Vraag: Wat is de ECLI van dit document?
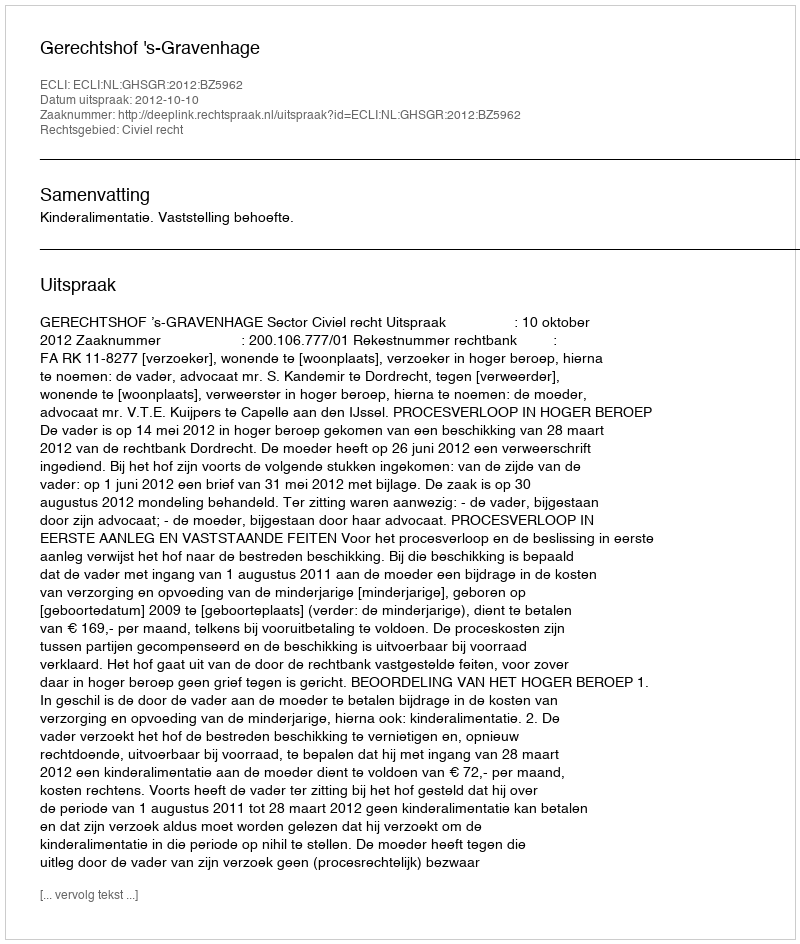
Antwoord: ECLI:NL:GHSGR:2012:BZ5962